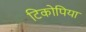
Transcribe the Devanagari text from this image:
टिकोपिया